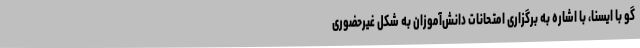
گو با ایسنا، با اشاره به برگزاری امتحانات دانش‌آموزان به شکل غیرحضوری